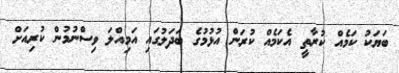
ބަޔަކު ކަމެއް ކުރާތީ އެކަމެއް ކުރަން އުޅުމުގެ ބަދަލުގައި އަމިއްލަ ވިސްނުމުން ކުރިއަށް